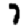
Digit: 7